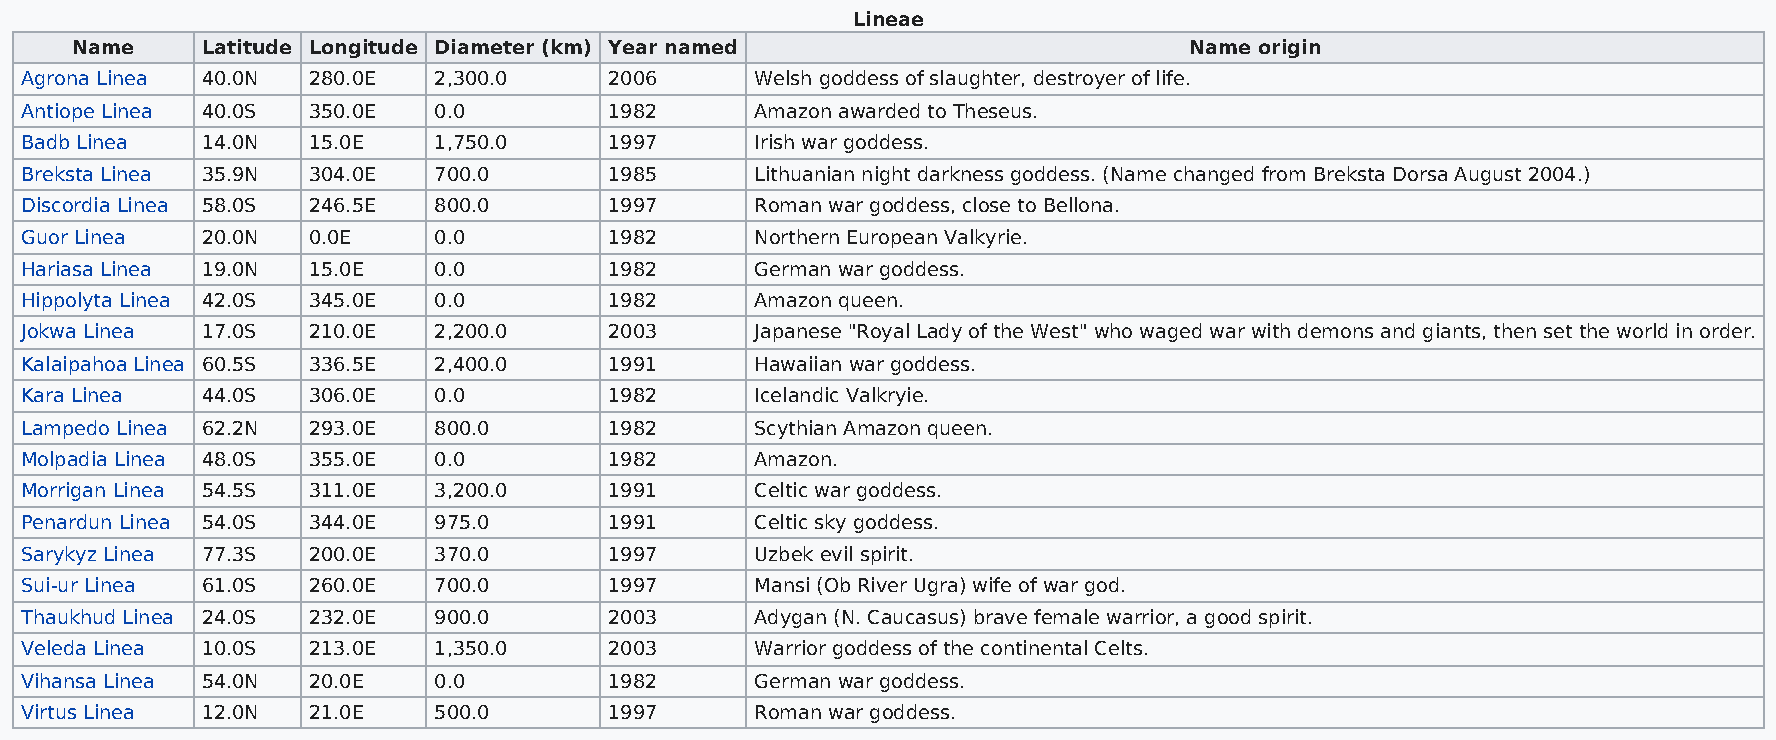
Lineae
 Name    Latitude Longitude Diameter (km) Year named                       Name origin
 Agrona Linea 40.0N 280.0E   2,300.0    2006      Welsh goddess of slaughter, destroyer of life.
 Antiope Linea 40.0S 350.0E  0.0        1982      Amazon awarded to Theseus.
 Badb Linea  14.0N  15.0E    1,750.0    1997      Irish war goddess.
 Breksta Linea 35.9N 304.0E  700.0      1985      Lithuanian night darkness goddess. (Name changed from Breksta Dorsa August 2004.)
 Discordia Linea 58.0S 246.5E 800.0     1997      Roman war goddess, close to Bellona.
 Guor Linea  20.0N  0.0E     0.0        1982      Northern European Valkyrie.
 Hariasa Linea 19.0N 15.0E   0.0        1982      German war goddess.
 Hippolyta Linea 42.0S 345.0E 0.0       1982      Amazon queen.
 Jokwa Linea 17.0S  210.0E   2,200.0    2003      Japanese "Royal Lady of the West" who waged war with demons and giants, then set the world in order.
 Kalaipahoa Linea 60.5S 336.5E 2,400.0  1991      Hawaiian war goddess.
 Kara Linea  44.0S  306.0E   0.0        1982      Icelandic Valkryie.
 Lampedo Linea 62.2N 293.0E  800.0      1982      Scythian Amazon queen.
 Molpadia Linea 48.0S 355.0E 0.0        1982      Amazon.
 Morrigan Linea 54.5S 311.0E 3,200.0    1991      Celtic war goddess.
 Penardun Linea 54.0S 344.0E 975.0      1991      Celtic sky goddess.
 Sarykyz Linea 77.3S 200.0E  370.0      1997      Uzbek evil spirit.
 Sui-ur Linea 61.0S 260.0E   700.0      1997      Mansi (Ob River Ugra) wife of war god.
 Thaukhud Linea 24.0S 232.0E 900.0      2003      Adygan (N. Caucasus) brave female warrior, a good spirit.
 Veleda Linea 10.0S 213.0E   1,350.0    2003      Warrior goddess of the continental Celts.
 Vihansa Linea 54.0N 20.0E   0.0        1982      German war goddess.
 Virtus Linea 12.0N 21.0E    500.0      1997      Roman war goddess.